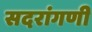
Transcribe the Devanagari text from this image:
सदरांगणी